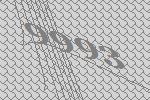
9993